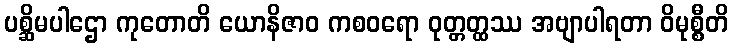
ပစ္ဆိမပါဌော ကုတောတိ ယောနိဇာဝ ကစဝရော ဝုတ္တတ္ထဿ အဗျာပါရတာ ဝိမုစ္စီတိ